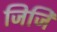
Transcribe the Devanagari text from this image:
जिजि